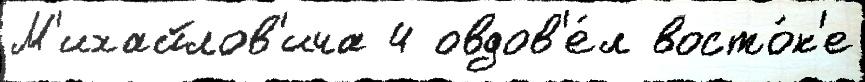
М'ихайлов'ича 4 овдов'е́л восто́к'е